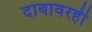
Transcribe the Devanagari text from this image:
दाबावरही